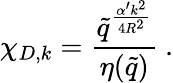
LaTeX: \chi_{D,k}=\frac{\tilde{q}^{\frac{\alpha^{\prime}k^{2}}{4R^{2}}}}{\eta(\tilde{q})}\ .